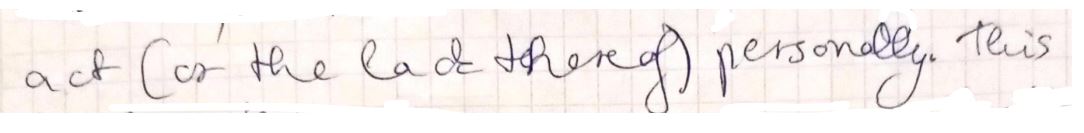
act ( or the lack thereof ) personally this